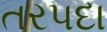
તરપદા